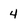
Character: 4